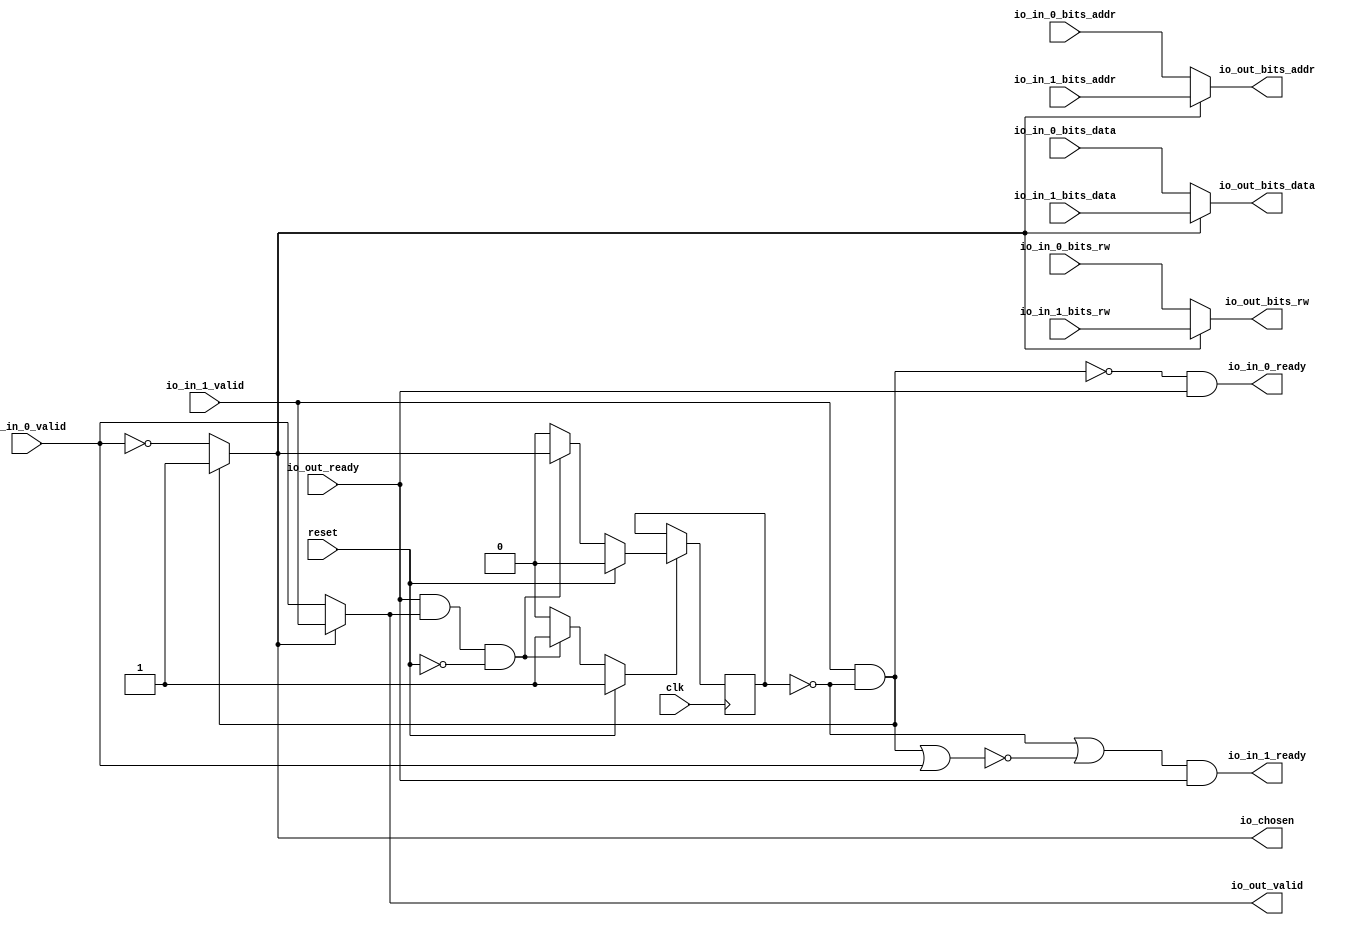
module RRArbiter_2
(
  clk,
  reset,
  io_in_1_ready,
  io_in_1_valid,
  io_in_1_bits_rw,
  io_in_1_bits_addr,
  io_in_1_bits_data,
  io_in_0_ready,
  io_in_0_valid,
  io_in_0_bits_rw,
  io_in_0_bits_addr,
  io_in_0_bits_data,
  io_out_ready,
  io_out_valid,
  io_out_bits_rw,
  io_out_bits_addr,
  io_out_bits_data,
  io_chosen
);

  input [5:0] io_in_1_bits_addr;
  input [63:0] io_in_1_bits_data;
  input [5:0] io_in_0_bits_addr;
  input [63:0] io_in_0_bits_data;
  output [5:0] io_out_bits_addr;
  output [63:0] io_out_bits_data;
  input clk;
  input reset;
  input io_in_1_valid;
  input io_in_1_bits_rw;
  input io_in_0_valid;
  input io_in_0_bits_rw;
  input io_out_ready;
  output io_in_1_ready;
  output io_in_0_ready;
  output io_out_valid;
  output io_out_bits_rw;
  output io_chosen;
  wire [5:0] io_out_bits_addr;
  wire [63:0] io_out_bits_data;
  wire io_in_1_ready,io_in_0_ready,io_out_valid,io_out_bits_rw,io_chosen,N0,N1,N2,N3,
  N4,N5,N6,T1,N7,T2,T4,N8,T11,T18,T12,T13,T16,T14,T15,T17,T20,T24,T21,T22,T23,T26,
  T25,N9,N10,N11,N12,N13,N14,N15;
  reg last_grant;
  assign T17 = N0 & 1'b0;
  assign N0 = ~last_grant;
  assign T18 = N1 & 1'b0;
  assign N1 = ~last_grant;

  always @(posedge clk) begin
    if(N11) begin
      last_grant <= N12;
    end 
  end

  assign N15 = ~io_in_0_valid;
  assign io_chosen = (N2)? 1'b1 : 
                     (N3)? N15 : 1'b0;
  assign N2 = T1;
  assign N3 = N7;
  assign io_out_bits_data = (N4)? io_in_1_bits_data : 
                            (N5)? io_in_0_bits_data : 1'b0;
  assign N4 = io_chosen;
  assign N5 = N8;
  assign io_out_bits_addr = (N4)? io_in_1_bits_addr : 
                            (N5)? io_in_0_bits_addr : 1'b0;
  assign io_out_bits_rw = (N4)? io_in_1_bits_rw : 
                          (N5)? io_in_0_bits_rw : 1'b0;
  assign io_out_valid = (N4)? io_in_1_valid : 
                        (N5)? io_in_0_valid : 1'b0;
  assign N11 = (N6)? 1'b1 : 
               (N14)? 1'b1 : 
               (N10)? 1'b0 : 1'b0;
  assign N6 = reset;
  assign N12 = (N6)? 1'b0 : 
               (N14)? io_chosen : 1'b0;
  assign N7 = ~T1;
  assign T1 = io_in_1_valid & T2;
  assign T2 = ~last_grant;
  assign T4 = io_out_ready & io_out_valid;
  assign N8 = ~io_chosen;
  assign io_in_0_ready = T11 & io_out_ready;
  assign T11 = T18 | T12;
  assign T12 = ~T13;
  assign T13 = T16 | T14;
  assign T14 = io_in_1_valid & T15;
  assign T15 = ~last_grant;
  assign T16 = io_in_0_valid & T17;
  assign io_in_1_ready = T20 & io_out_ready;
  assign T20 = T24 | T21;
  assign T21 = ~T22;
  assign T22 = T23 | io_in_0_valid;
  assign T23 = T16 | T14;
  assign T24 = T26 & T25;
  assign T25 = ~last_grant;
  assign T26 = ~T16;
  assign N9 = T4 | reset;
  assign N10 = ~N9;
  assign N13 = ~reset;
  assign N14 = T4 & N13;

endmodule